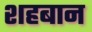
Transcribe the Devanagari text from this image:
शहबान